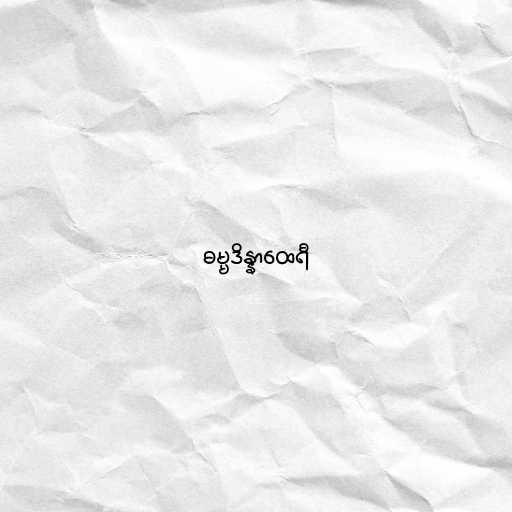
ဓမ္မဒိန္နာထေရီ